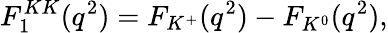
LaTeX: F_{1}^{KK}(q^{2})=F_{K^{+}}(q^{2})-F_{K^{0}}(q^{2}),